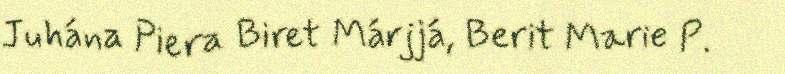
Juhána Piera Biret Márjjá, Berit Marie P.